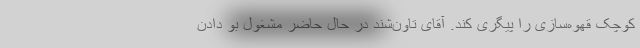
کوچک قهوه‌سازی را پیگری کند. آقای تاون‌شِند در حال حاضر مشغول بو دادن